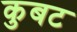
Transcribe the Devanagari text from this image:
कुबट